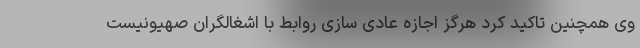
وی همچنین تاکید کرد هرگز اجازه عادی سازی روابط با اشغالگران صهیونیست